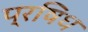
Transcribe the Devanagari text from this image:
प्रषिध